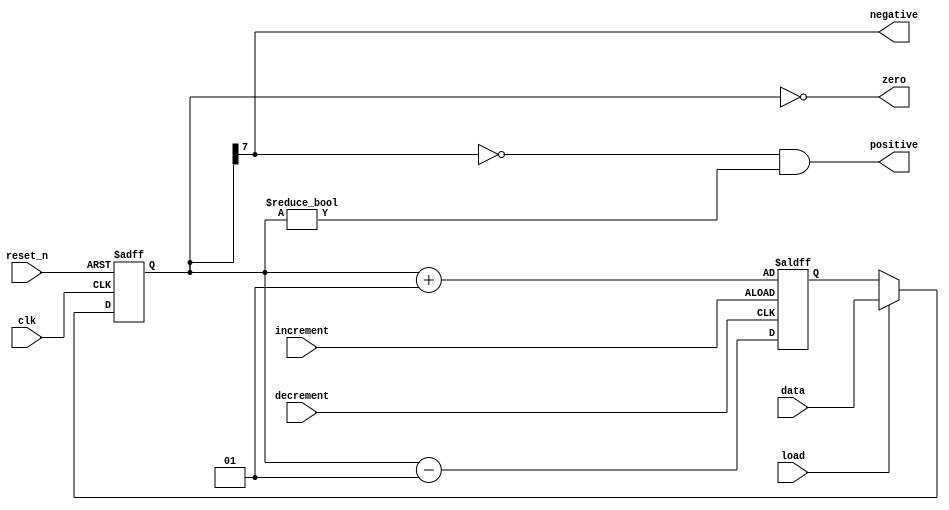
module temp_register (input clk, reset_n, load, increment, decrement, input [7:0] data,
					output negative, positive, zero);

reg signed [7:0] counter, counter_next;
reg neg, pos, zer;

always @(posedge increment or posedge decrement)
begin
	if (increment==1'b1) begin
		counter_next=counter+1;
	end else if (decrement==1'b1) begin
		counter_next=counter-1;
	end
end


always @(posedge clk or negedge reset_n)
begin
	if (reset_n==0) begin
		counter <= 8'b00;
	end
	else if (load==1'b1) begin
		counter <= data;
	end else begin
		counter <= counter_next;
	end

end


assign negative = counter[7];
assign positive = (counter[7]==0 && counter!=8'b00);
assign zero = (counter==8'b00);


endmodule